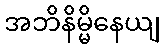
အဘိနိမ္မိနေယျ